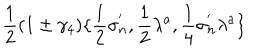
LaTeX: \frac { 1 } { 2 } ( 1 \pm \gamma _ { 4 } ) \{ \frac { 1 } { 2 } \sigma _ { n } ^ { ' } , \frac { 1 } { 2 } \lambda ^ { a } , \frac { 1 } { 4 } \sigma _ { n } ^ { ' } \lambda ^ { a } \}